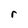
Character: r